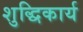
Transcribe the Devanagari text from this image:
शुद्धिकार्य